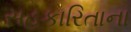
સહકારિતાના